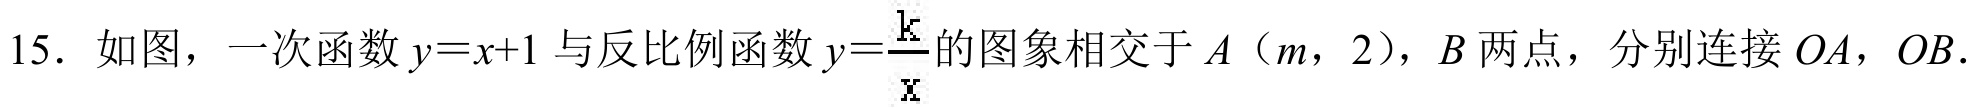
15. 如图，一次函数$y = x + 1$与反比例函数$y=\frac{k}{x}$的图象相交于$A\left(m,2\right),B$两点，分别连接$OA,OB$.